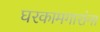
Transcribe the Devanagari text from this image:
घरकामगारांना